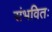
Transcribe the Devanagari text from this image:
संभवितः